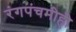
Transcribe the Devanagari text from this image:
रंगपंचमीही